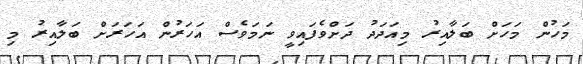
މަހުން މަހަށް ބަލާއިރު މިއަދަދު ދަށްވެފައިވީ ނަމަވެސް އަހަރުން އަހަރަށް ބަލާއިރު މި